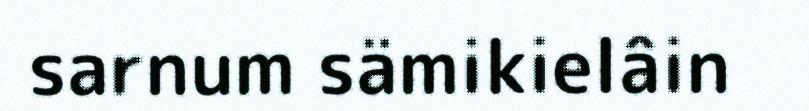
sarnum sämikielâin